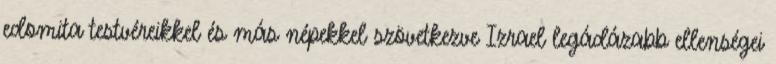
edomita testvéreikkel és más népekkel szövetkezve Izrael legádázabb ellenségei